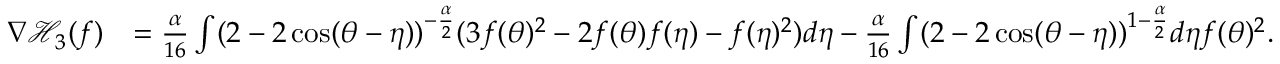
\begin{array} { r l } { \nabla \mathcal { H } _ { 3 } ( f ) } & { = \frac { \alpha } { 1 6 } \int ( 2 - 2 \cos ( \theta - \eta ) ) ^ { - \frac { \alpha } { 2 } } ( 3 f ( \theta ) ^ { 2 } - 2 f ( \theta ) f ( \eta ) - f ( \eta ) ^ { 2 } ) d \eta - \frac { \alpha } { 1 6 } \int ( 2 - 2 \cos ( \theta - \eta ) ) ^ { 1 - \frac { \alpha } { 2 } } d \eta f ( \theta ) ^ { 2 } . } \end{array}